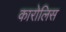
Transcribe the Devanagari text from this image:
कारोलिस